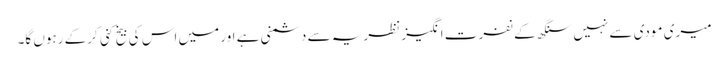
میری مودی سے نہیں سنگھ کے نفرت انگیز نظریہ سے دشمنی ہے اور میں اس کی بیخ کنی کرکے رہوں گا۔